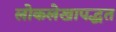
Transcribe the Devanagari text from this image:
लोकलेखापद्धत